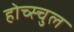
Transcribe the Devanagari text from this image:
होच्स्चुल